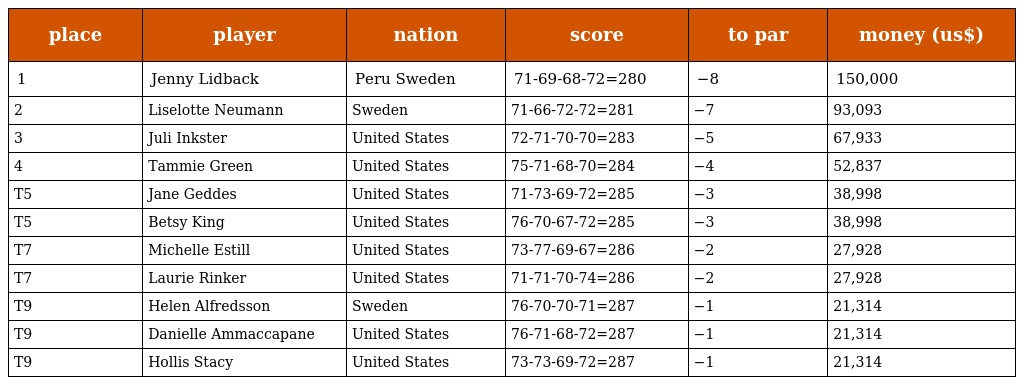
| place | player | nation | score | to par | money (us$) |
 | --- | --- | --- | --- | --- | --- |
 | 1 | Jenny Lidback | Peru Sweden | 71-69-68-72=280 | −8 | 150,000 |
 | 2 | Liselotte Neumann | Sweden | 71-66-72-72=281 | −7 | 93,093 |
 | 3 | Juli Inkster | United States | 72-71-70-70=283 | −5 | 67,933 |
 | 4 | Tammie Green | United States | 75-71-68-70=284 | −4 | 52,837 |
 | T5 | Jane Geddes | United States | 71-73-69-72=285 | −3 | 38,998 |
 | T5 | Betsy King | United States | 76-70-67-72=285 | −3 | 38,998 |
 | T7 | Michelle Estill | United States | 73-77-69-67=286 | −2 | 27,928 |
 | T7 | Laurie Rinker | United States | 71-71-70-74=286 | −2 | 27,928 |
 | T9 | Helen Alfredsson | Sweden | 76-70-70-71=287 | −1 | 21,314 |
 | T9 | Danielle Ammaccapane | United States | 76-71-68-72=287 | −1 | 21,314 |
 | T9 | Hollis Stacy | United States | 73-73-69-72=287 | −1 | 21,314 |